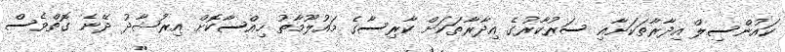
ކައުންސިލް އިދާރާތަކަށާއި ސަރުކާރުގެ އިދާރާތަކަށް ކާރިސާގެ މައުލޫމާތު ހިއްސާކޮށް އިރުޝާދު ދޭނެ ގޮތްވެސް